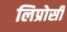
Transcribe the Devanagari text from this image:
लिप्रोसी